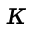
\kappa